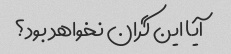
آیا این گران نخواهد بود؟